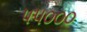
૫૫૦૦૦